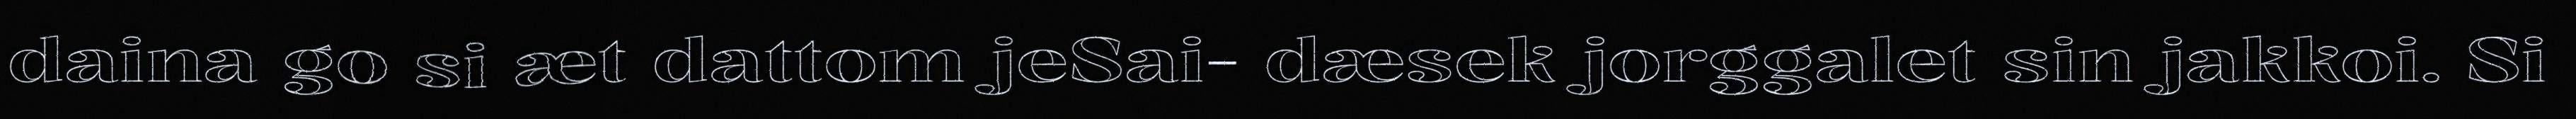
daina go si æt dattom jeSai- dæsek jorggalet sin jakkoi. Si